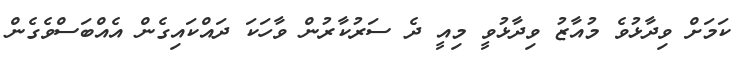
ކަމަށް ވިދާޅުވެ މުއާޒު ވިދާޅުވީ މިއީ ދެ ސަރުކާރުން ވާހަކަ ދައްކައިގެން އެއްބަސްވެގެން